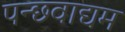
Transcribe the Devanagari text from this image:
पन्छवाद्यम